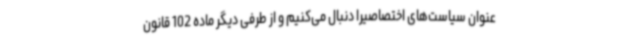
عنوان سیاست‌های اختصاصیرا دنبال می‌کنیم و از طرفی دیگر ماده 102 قانون